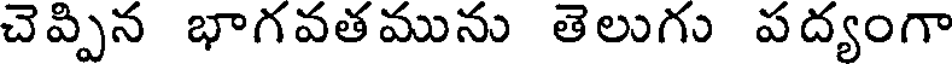
చెప్పిన భాగవత మును తెలుగు పద్యంగా